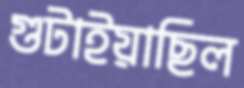
গুটাইয়াছিল